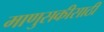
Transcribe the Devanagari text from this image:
माणुसकीसाठी